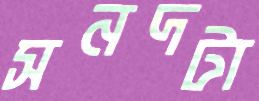
সনদটা